Statistical return of the lunatic asylum in Assam - 1912-1932
Year: 1912
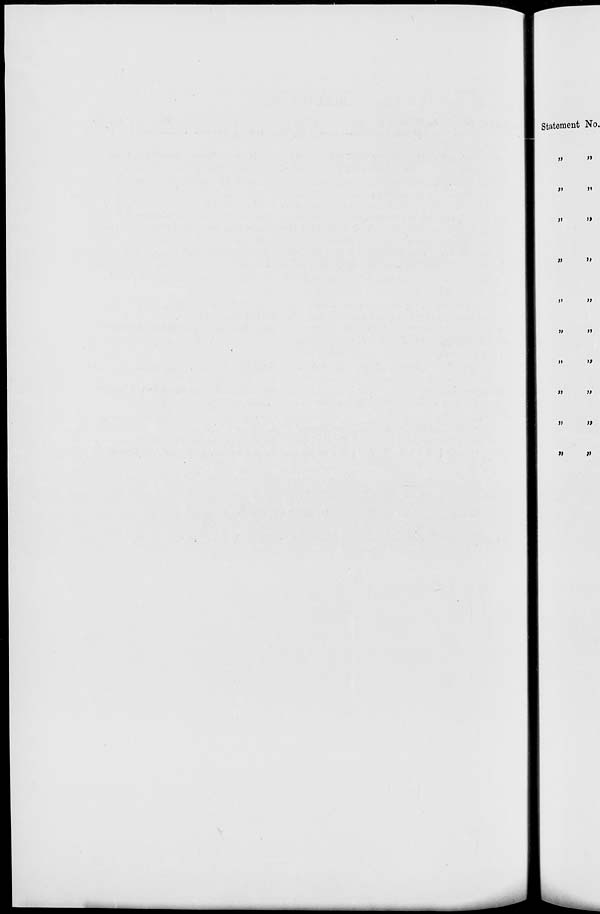
Statement No.
»
j>
»>
J»
JI
»>
»
»
»
»
»
»
»
»
»
a
v
a
«
V